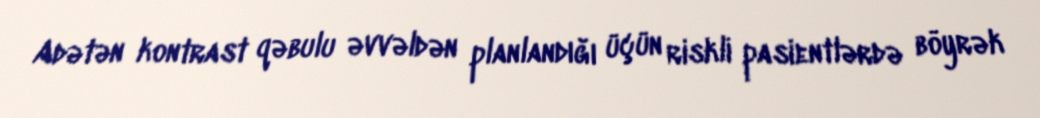
Adətən kontrast qəbulu əvvəldən planlandığı üçün riskli pasientlərdə böyrək